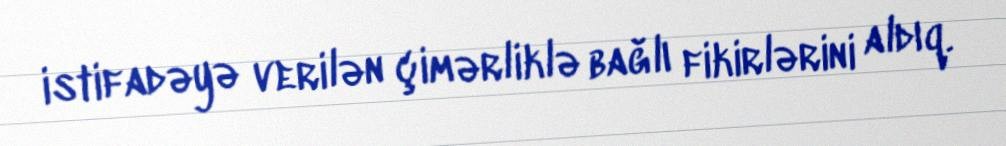
istifadəyə verilən çimərliklə bağlı fikirlərini aldıq.